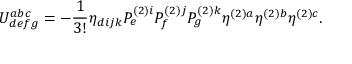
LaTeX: U _ { d e f g } ^ { a b c } = - \frac { 1 } { 3 ! } \eta _ { d i j k } P _ { e } ^ { ( 2 ) i } P _ { f } ^ { ( 2 ) j } P _ { g } ^ { ( 2 ) k } \eta ^ { ( 2 ) a } \eta ^ { ( 2 ) b } \eta ^ { ( 2 ) c } .